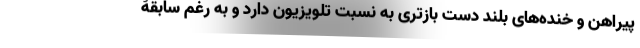
پیراهن و خنده‌های بلند دست بازتری به نسبت تلویزیون دارد و به رغم سابقۀ